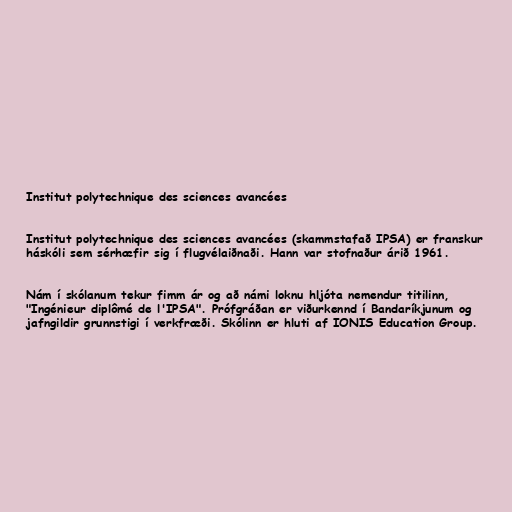
Institut polytechnique des sciences avancées

Institut polytechnique des sciences avancées (skammstafað IPSA) er franskur
háskóli sem sérhæfir sig í flugvélaiðnaði. Hann var stofnaður árið 1961.

Nám í skólanum tekur fimm ár og að námi loknu hljóta nemendur titilinn,
"Ingénieur diplômé de l'IPSA". Prófgráðan er viðurkennd í Bandaríkjunum og
jafngildir grunnstigi í verkfræði. Skólinn er hluti af IONIS Education Group.